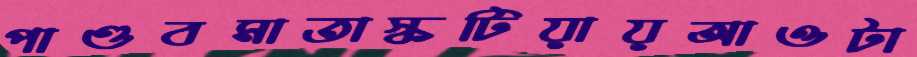
পাণ্ডবমাতাস্কটিয়ায়আওটা